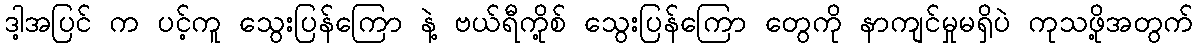
ဒါ့အပြင် က ပင့်ကူ သွေးပြန်ကြော နဲ့ ဗယ်ရီကို့စ် သွေးပြန်ကြော တွေကို နာကျင်မှုမရှိပဲ ကုသဖို့အတွက်